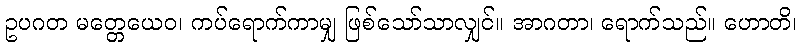
ဥပဂတ မတ္တေယေဝ၊ ကပ်ရောက်ကာမျှ ဖြစ်သော်သာလျှင်။ အာဂတာ၊ ရောက်သည်။ ဟောတိ၊